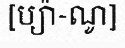
[ប្យ៉ា-ណូ]